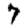
Digit: 7